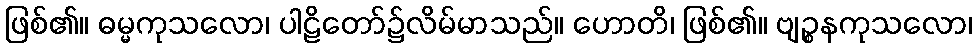
ဖြစ်၏။ ဓမ္မကုသလော၊ ပါဠိတော်၌လိမ်မာသည်။ ဟောတိ၊ ဖြစ်၏။ ဗျဉ္စနကုသလော၊